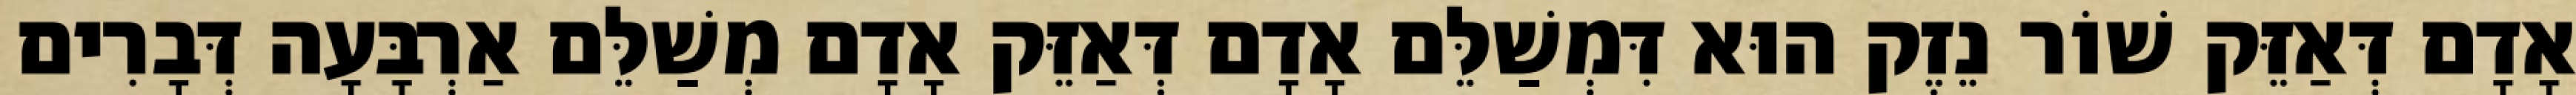
אָדָם דְּאַזֵּק שׁוֹר נֵזֶק הוּא דִּמְשַׁלֵּם אָדָם דְּאַזֵּק אָדָם מְשַׁלֵּם אַרְבָּעָה דְּבָרִים